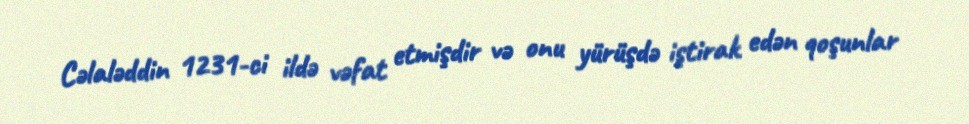
Cəlaləddin 1231-ci ildə vəfat etmişdir və onu yürüşdə iştirak edən qoşunlar